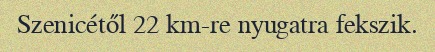
Szenicétől 22 km-re nyugatra fekszik.